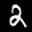
Label: 2